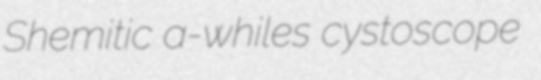
Shemitic a-whiles cystoscope